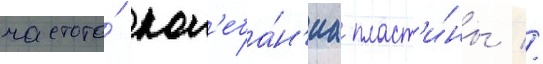
частота́ кол'еба́н'иа пласт'и́ны //